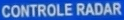
CONTROLE RADAR